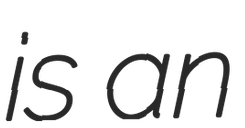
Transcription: is an